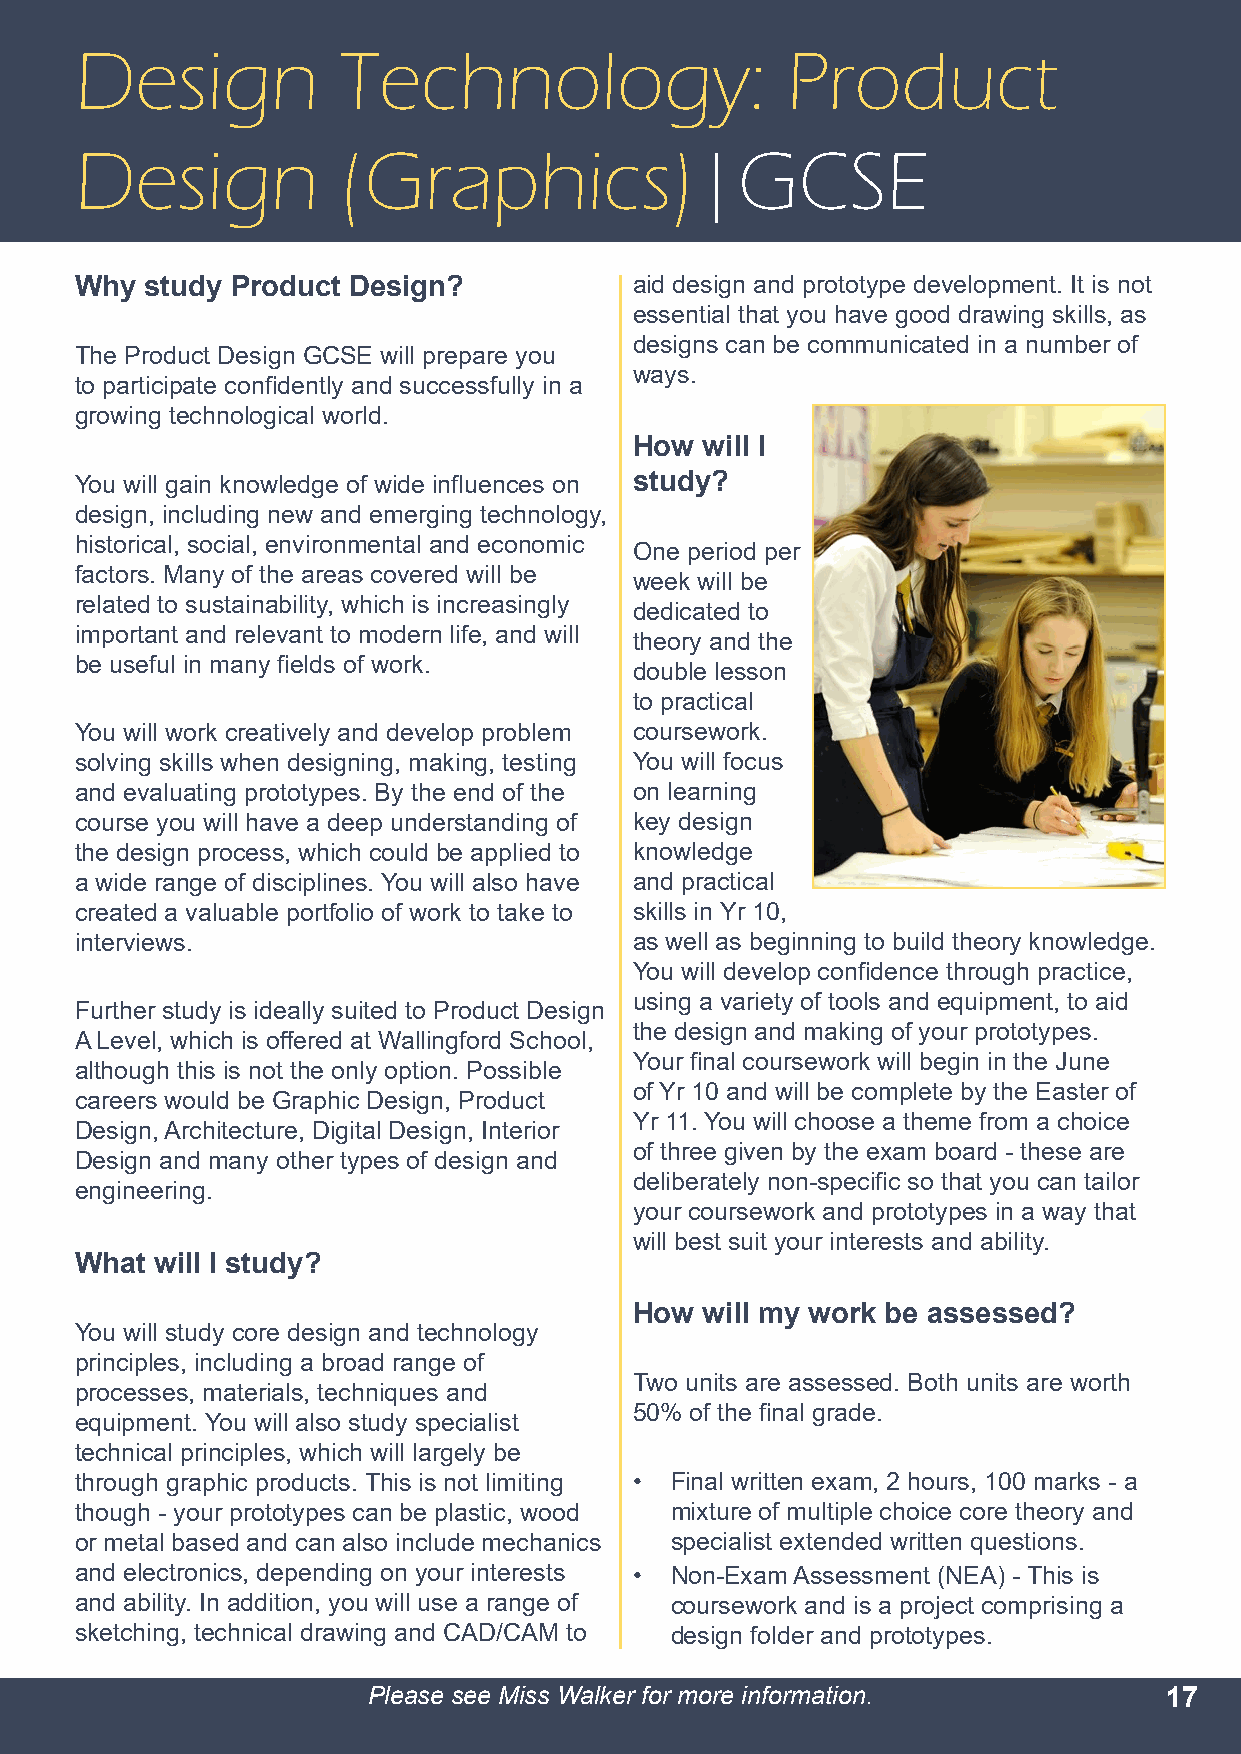
Design           Technology:                   Product
 Design           (Graphics)|GCSE
 Why  study Product Design?           aid design and prototype development. It is not
 essential that you have good drawing skills, as
 designs can be communicated in a number of
 The Product Design GCSE will prepare you
 ways.
 to participate confidently and successfully in a
 growing technological world.
 How will I
 You will gain knowledge of wide influences on study?
 design, including new and emerging technology,
 historical, social, environmental and economic
 One period per
 factors. Many of the areas covered will be
 week will be
 related to sustainability, which is increasingly
 dedicated to
 important and relevant to modern life, and will
 theory and the
 be useful in many fields of work.
 double lesson
 to practical
 You will work creatively and develop problem coursework.
 solving skills when designing, making, testing You will focus
 and evaluating prototypes. By the end of the on learning
 course you will have a deep understanding of key design
 the design process, which could be applied to knowledge
 a wide range of disciplines. You will also have and practical
 created a valuable portfolio of work to take to skills in Yr 10,
 interviews.                          as well as beginning to build theory knowledge.
 You will develop confidence through practice,
 using a variety of tools and equipment, to aid
 Further study is ideally suited to Product Design
 the design and making of your prototypes.
 A Level, which is offered at Wallingford School,
 Your final coursework will begin in the June
 although this is not the only option. Possible
 of Yr 10 and will be complete by the Easter of
 careers would be Graphic Design, Product
 Yr 11. You will choose a theme from a choice
 Design, Architecture, Digital Design, Interior
 of three given by the exam board - these are
 Design and many other types of design and
 deliberately non-specific so that you can tailor
 engineering.
 your coursework and prototypes in a way that
 will best suit your interests and ability.
 What will I study?
 How will my work be assessed?
 You will study core design and technology
 principles, including a broad range of
 Two units are assessed. Both units are worth
 processes, materials, techniques and
 50% of the final grade.
 equipment. You will also study specialist
 technical principles, which will largely be
 through graphic products. This is not limiting • Final written exam, 2 hours, 100 marks - a
 though - your prototypes can be plastic, wood mixture of multiple choice core theory and
 or metal based and can also include mechanics specialist extended written questions.
 and electronics, depending on your interests • Non-Exam Assessment (NEA) - This is
 and ability. In addition, you will use a range of coursework and is a project comprising a
 sketching, technical drawing and CAD/CAM to design folder and prototypes.
 Please see Miss Walker for more information.         17